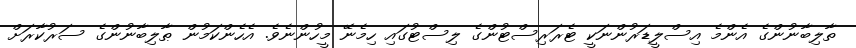
ތާލިބާނުންގެ އެންމެ އިސްލީޑަރުންނަކީ ޓެރަރިސްޓުންގެ ލިސްޓުގައި ހިމެނޭ މީހުންނެވެ. އެހެންކަމުން ޠާލިބާނުންގެ ސަރުކާރަށް